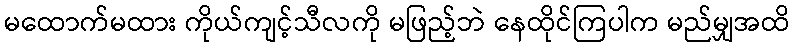
မထောက်မထား ကိုယ်ကျင့်သီလကို မဖြည့်ဘဲ နေထိုင်ကြပါက မည်မျှအထိ